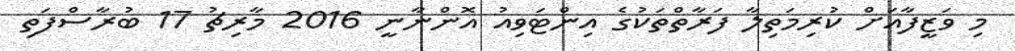
މި ވަޒީފާއަށް ކުރިމަތިލާ ފަރާތްތަކުގެ އިންޓަވިއު އޮންނާނީ 2016 މާރިޗު 17 ބުރާސްފަތި